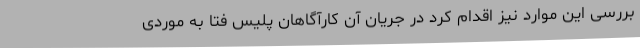
بررسی این موارد نیز اقدام کرد در جریان آن کارآگاهان پلیس فتا به موردی